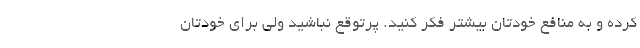
کرده و به منافع خودتان بیشتر فکر کنید. پرتوقع نباشید ولی برای خودتان